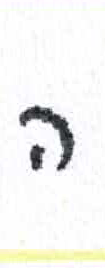
אות: ה